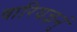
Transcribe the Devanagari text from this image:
वारियज्ञनुं